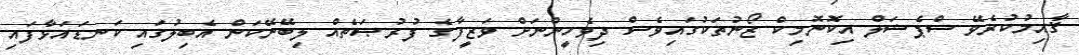
ޤާއިމުކުރެވޭ ސްޕެޝަލް އިކޮނޮމިކް ޒޯނުތަކުގައިވެސް ދިވެހީންނަށް ވަޒީފާގެ ފުރުޞަތެއް ލިބޭނޭކަން އެބިލުގައި ކަނޑައަޅާފައި